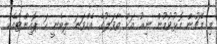
މި މެޗުން މޮޅުވުމުން ނިއު އަށް ތާވަލުގެ އެއްވަނަ ލިބެނީ ހަ ޕޮއިންޓާއެކު